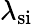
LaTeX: \lambda_{\mathrm{si}}